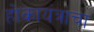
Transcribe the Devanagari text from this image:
होकायंत्राचा